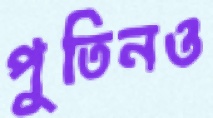
পুতিনও